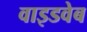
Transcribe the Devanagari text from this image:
वाइडवेब